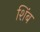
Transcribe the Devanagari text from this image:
शिंब